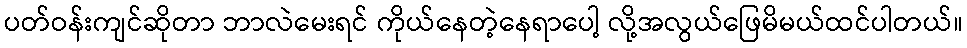
ပတ်ဝန်းကျင်ဆိုတာ ဘာလဲမေးရင် ကိုယ်နေတဲ့နေရာပေါ့ လို့အလွယ်ဖြေမိမယ်ထင်ပါတယ်။